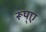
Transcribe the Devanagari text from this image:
रूप्ए